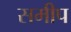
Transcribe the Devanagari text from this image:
समीप